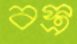
বস্ত্র